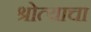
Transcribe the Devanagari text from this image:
श्रोत्याचा